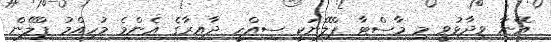
އޭނާ ވިދާޅުވީ މި މާސްޓާ ޕްލޭނަކީ ސިއްހީ ދާއިރާގެ އެންމެ މުހިއްމު ޕްލޭން